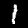
Digit: 1